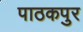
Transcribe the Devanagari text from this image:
पाठकपुर